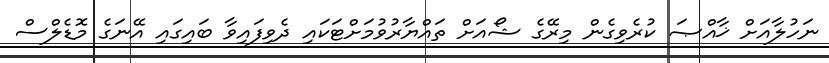
ނަހުލާއަށް ޚާއްޞަ ކުރެވިގެން މިރޭގެ ޝޯއަށް ތައްޔާރުވުމަށްޓަކައި ދެވިފައިވާ ބައިގައި އޭނަގެ މޮޑެލްސް